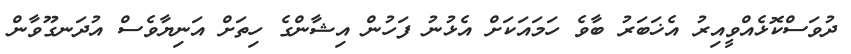
ދުވަސްކޮޅެއްވީއިރު އެޚަބަރު ބާވެ ހަމައަކަށް އެޅުނު ފަހުން އިޝާންގެ ހިތަށް އަނިޔާވެސް އުދަނގޫވާން